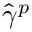
\hat { \gamma } ^ { p }